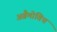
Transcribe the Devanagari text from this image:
अब्रैमोविच